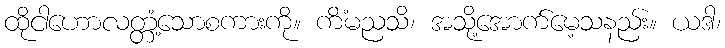
ထိုငါဟောလတ္တံ့သောစကားကို။ ကိံမညသိ၊ အသို့အောက်မေ့သနည်း။ ယဒါ၊